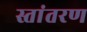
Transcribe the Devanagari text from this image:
स्तांतरण